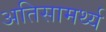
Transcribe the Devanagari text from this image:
अतिसामर्थ्य